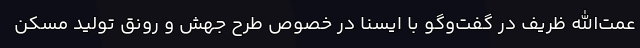
عمت‌الله ظریف در گفت‌وگو با ایسنا در خصوص طرح جهش و رونق تولید مسکن